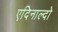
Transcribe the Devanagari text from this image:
एदिनाल्दो